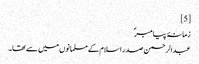
[5]
زمانۂ پیامبرؐ
عبدالرحمن صدر اسلام کے مسلمانوں میں سے تھا۔